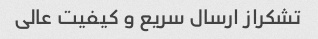
تشکراز ارسال سریع و کیفیت عالی